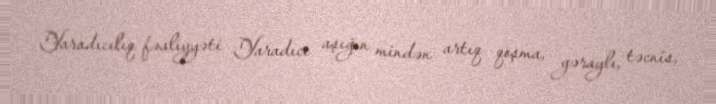
Yaradıcılıq fəaliyyəti Yaradıcı aşığın mindən artıq qoşma, gəraylı, təcnis,